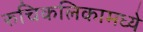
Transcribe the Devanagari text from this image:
रुचिकलिकामध्ये